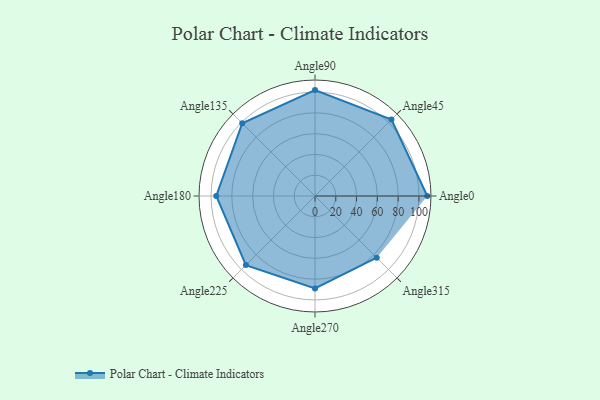
{"axis": {"x": "Angle", "y": "Radius"}, "legend": [""], "data": [{"x": "Angle0", "y": 108.0, "type": ""}, {"x": "Angle45", "y": 104.0, "type": ""}, {"x": "Angle90", "y": 102.0, "type": ""}, {"x": "Angle135", "y": 99.0, "type": ""}, {"x": "Angle180", "y": 95.0, "type": ""}, {"x": "Angle225", "y": 94.0, "type": ""}, {"x": "Angle270", "y": 89.0, "type": ""}, {"x": "Angle315", "y": 84.0, "type": ""}]}